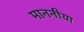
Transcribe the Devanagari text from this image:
माननीया